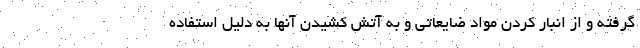
گرفته و از انبار کردن مواد ضایعاتی و به آتش کشیدن آنها به دلیل استفاده